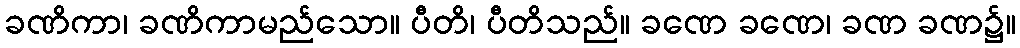
ခဏိကာ၊ ခဏိကာမည်သော။ ပီတိ၊ ပီတိသည်။ ခဏေ ခဏေ၊ ခဏ ခဏ၌။